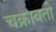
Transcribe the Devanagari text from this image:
चक्रावती